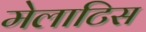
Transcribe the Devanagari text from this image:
मेलाटिस